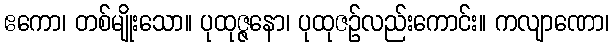
ဧကော၊ တစ်မျိုးသော။ ပုထုဇ္ဇနော၊ ပုထုဇဉ်လည်းကောင်း။ ကလျာဏော၊